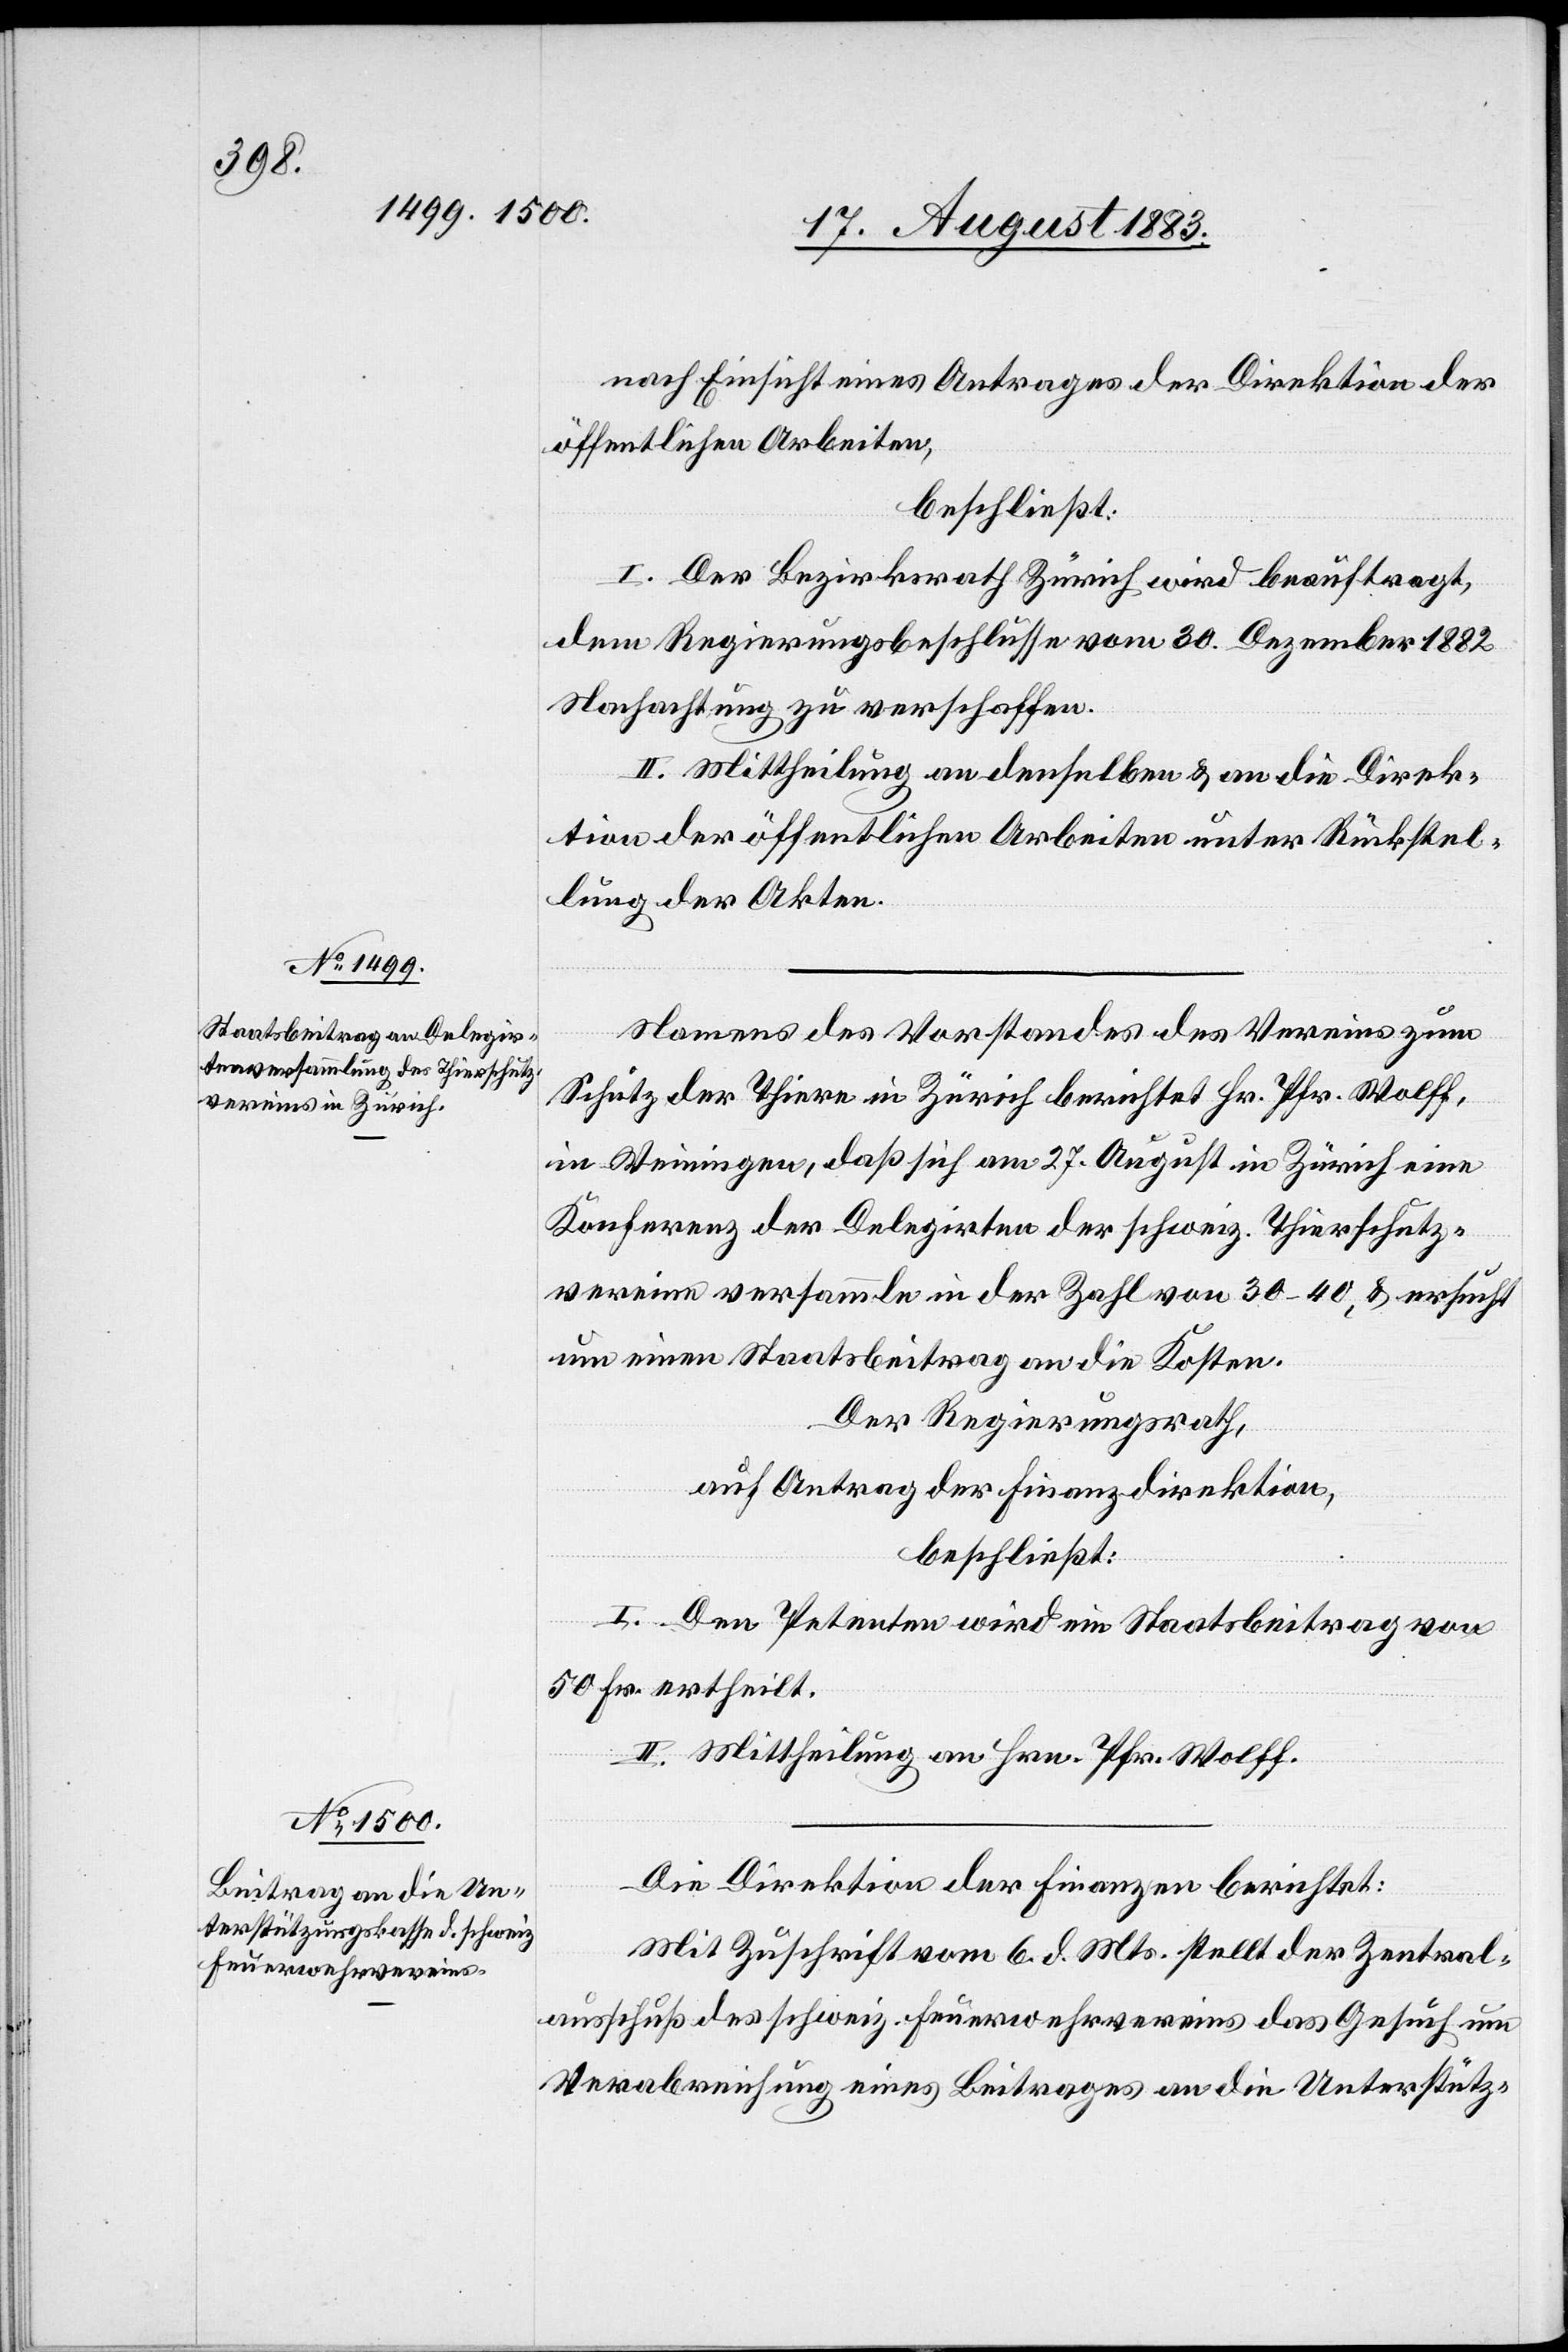
nach Einsicht eines Antrages der Direktion der
öffentlichen Arbeiten,
beschließt:
I. Der Bezirksrath Zürich wird beauftragt,
dem Regierungsbeschluß vom 30. Dezember 1882
Nachachtung zu verschaffen.
II. Mittheilung an denselben & an die Direk¬
tion der öffentlichen Arbeiten unter Rückstel¬
lung der Akten.
Namens des Vorstandes des Vereins zum
Schutz der Thiere in Zürich berichtet Hr. Pfr. Wolff,
in Weiningen, daß sich am 27. August in Zürich eine
Konferenz der Delegirten der schweiz. Thierschutz¬
vereine versammle in der Zahl von 30–40, & ersucht
um einen Staatsbeitrag an die Kosten.
Der Regierungsrath,
auf Antrag der Finanzdirektion,
beschließt:
I. Den Petenten wird ein Staatsbeitrag von
50 Fr. ertheilt.
II. Mittheilung an Hrn. Pfr. Wolff.
Die Direktion der Finanzen berichtet:
Mit Zuschrift vom 6. d. Mts. stellt der Zentral¬
ausschuß des schweiz. Feuerwehrvereins das Gesuch um
Verabreichung eines Beitrages an die Unterstütz-